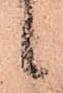
候